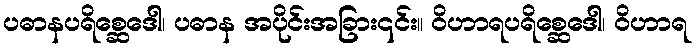
ပဓာနပရိစ္ဆေဒေါ၊ ပဓာန အပိုင်းအခြား၎င်း။ ဝိဟာရပရိစ္ဆေဒေါ၊ ဝိဟာရ